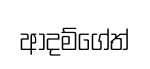
ආදම්ගේත්